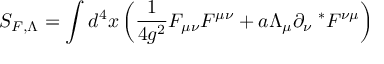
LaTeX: S _ { F , \Lambda } = \int d ^ { 4 } x \left( \frac { 1 } { 4 g ^ { 2 } } F _ { \mu \nu } F ^ { \mu \nu } + a \Lambda _ { \mu } \partial _ { \nu } ^ { ~ ~ * } F ^ { \nu \mu } \right)